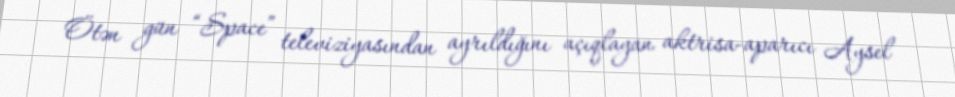
Ötən gün “Space” televiziyasından ayrıldığını açıqlayan aktrisa-aparıcı Aysel